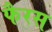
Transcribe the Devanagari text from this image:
फैरस